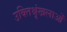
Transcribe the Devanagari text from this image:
उक्तिश्रृंखलाओं